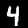
Digit: 4